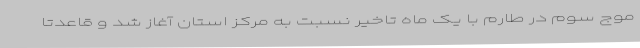
موج سوم در طارم با یک ماه تاخیر نسبت به مرکز استان آغاز شد و قاعدتا